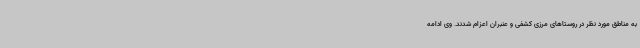
به مناطق مورد نظر در روستاهای مرزی کشفی و عنبران اعزام شدند. وی ادامه